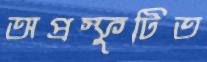
অপ্রস্ফুটিত